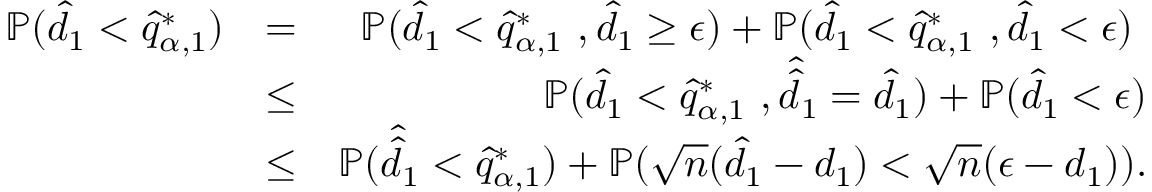
\begin{array} { r l r } { \mathbb { P } ( \hat { d } _ { 1 } < \hat { q } _ { \alpha , 1 } ^ { * } ) } & { = } & { \mathbb { P } ( \hat { d } _ { 1 } < \hat { q } _ { \alpha , 1 } ^ { * } \ , \hat { d } _ { 1 } \geq \epsilon ) + \mathbb { P } ( \hat { d } _ { 1 } < \hat { q } _ { \alpha , 1 } ^ { * } \ , \hat { d } _ { 1 } < \epsilon ) \ } \\ & { \leq } & { \mathbb { P } ( \hat { d } _ { 1 } < \hat { q } _ { \alpha , 1 } ^ { * } \ , \hat { \hat { d } } _ { 1 } = \hat { d } _ { 1 } ) + \mathbb { P } ( \hat { d } _ { 1 } < \epsilon ) } \\ & { \leq } & { \mathbb { P } ( \hat { \hat { d } } _ { 1 } < \hat { q } _ { \alpha , 1 } ^ { * } ) + \mathbb { P } ( \sqrt { n } ( \hat { d } _ { 1 } - d _ { 1 } ) < \sqrt { n } ( \epsilon - d _ { 1 } ) ) . } \end{array}